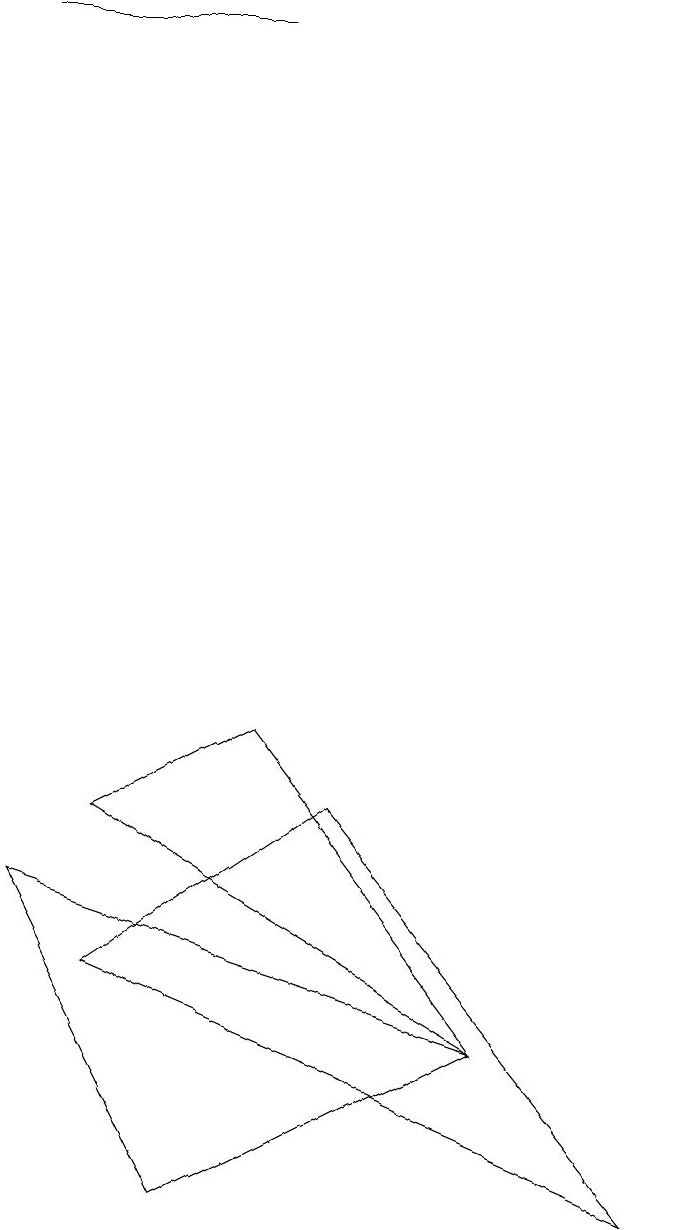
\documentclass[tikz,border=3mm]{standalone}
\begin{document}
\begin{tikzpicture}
\draw (4,15) rectangle (1,15);
\draw (7,2) -- (3,0) -- (1,4) -- cycle;
\draw (5,5) -- (9,0) -- (2,3) -- cycle;
\draw (7,2) -- (2,5) -- (4,6) -- cycle;
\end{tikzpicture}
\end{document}